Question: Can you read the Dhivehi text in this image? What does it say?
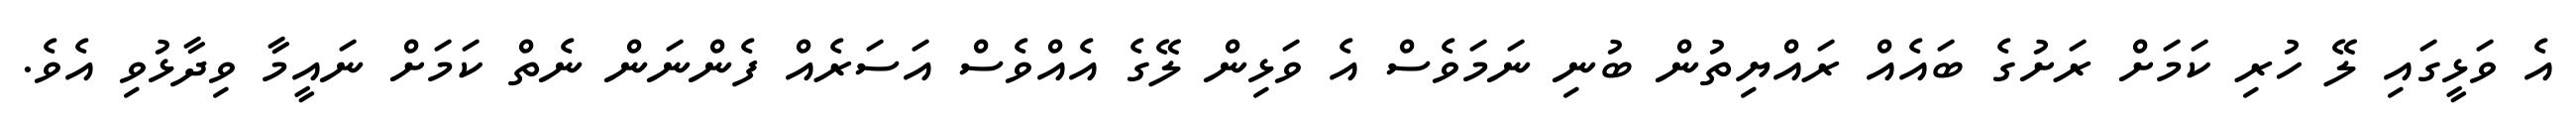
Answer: އެ ވަޅީގައި ލޭ ހުރި ކަމަށް ރަށުގެ ބައެއް ރައްޔިތުން ބުނި ނަމަވެސް އެ ވަޅިން ލޭގެ އެއްވެސް އަސަރެއް ފެންނަން ނެތް ކަމަށް ނައީމާ ވިދާޅުވި އެވެ.